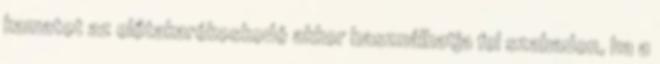
kamatot az előtakarékoskodó akkor használhatja fel szabadon, ha a